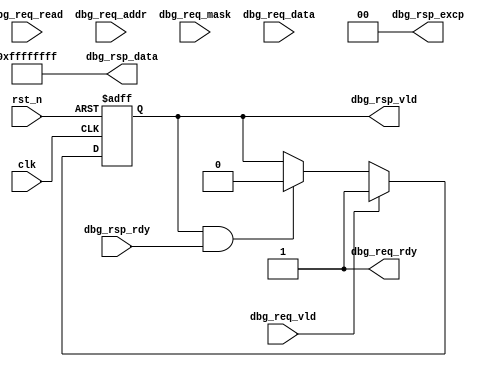
module uv_dbg
#(
    parameter ALEN                  = 12,
    parameter DLEN                  = 32,
    parameter MLEN                  = DLEN / 8
)
(
    input                           clk,
    input                           rst_n,

    input                           dbg_req_vld,
    output                          dbg_req_rdy,
    input                           dbg_req_read,
    input  [ALEN-1:0]               dbg_req_addr,
    input  [MLEN-1:0]               dbg_req_mask,
    input  [DLEN-1:0]               dbg_req_data,

    output                          dbg_rsp_vld,
    input                           dbg_rsp_rdy,
    output [1:0]                    dbg_rsp_excp,
    output [DLEN-1:0]               dbg_rsp_data
);

    localparam UDLY = 1;

    reg                             rsp_vld_r;

    assign dbg_req_rdy              = 1'b1;
    assign dbg_rsp_vld              = rsp_vld_r;
    assign dbg_rsp_excp             = 2'b0;
    assign dbg_rsp_data             = {DLEN{1'b1}};

    always @(posedge clk or negedge rst_n) begin
        if (~rst_n) begin
            rsp_vld_r <= 1'b0;
        end
        else begin
            if (dbg_req_vld & dbg_req_rdy) begin
                rsp_vld_r <= #UDLY 1'b1;
            end
            else if (dbg_rsp_vld & dbg_rsp_rdy) begin
                rsp_vld_r <= #UDLY 1'b0;
            end
        end
    end

endmodule